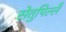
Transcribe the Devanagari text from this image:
सेतुपिल्लै